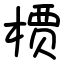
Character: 槚